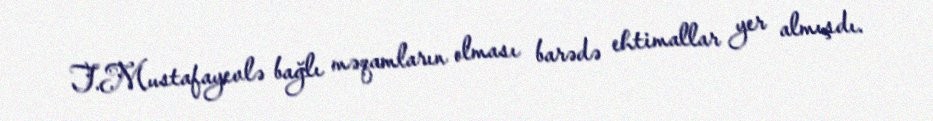
T.Mustafayevlə bağlı məqamların olması barədə ehtimallar yer almışdı.